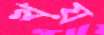
খয়